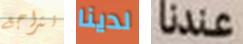
نتراجع لدينا عندنا